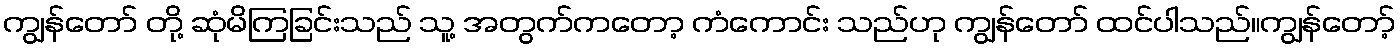
ကျွန်တော် တို့ ဆုံမိကြခြင်းသည် သူ့ အတွက်ကတော့ ကံကောင်း သည်ဟု ကျွန်တော် ထင်ပါသည်။ကျွန်တော့်